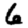
Digit: 6